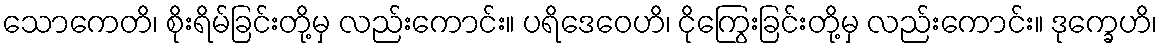
သောကေတိ၊ စိုးရိမ်ခြင်းတို့မှ လည်းကောင်း။ ပရိဒေဝေဟိ၊ ငိုကြွေးခြင်းတို့မှ လည်းကောင်း။ ဒုက္ခေဟိ၊